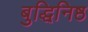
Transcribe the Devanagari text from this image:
बुद्धिनि़ष्ठ